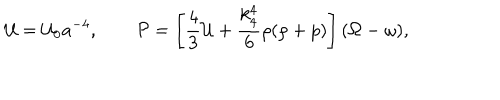
{ \cal U } = { \cal U } _ { 0 } a ^ { - 4 } , \qquad { \cal P } = \left[ \frac 4 3 { \cal U } + \frac { k _ { 4 } ^ { 4 } } 6 \rho ( \rho + p ) \right] ( \Omega - \omega ) ,